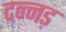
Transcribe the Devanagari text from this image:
दन्नड़